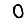
Digit: 0